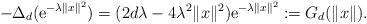
LaTeX: \begin{align*} -\Delta_d (\mbox{e}^{- \lambda \|x \|^2}) = (2d \lambda - 4 \lambda^2 \|x \|^2)\mbox{e}^{- \lambda \|x \|^2}:= G_d(\|x \|). \end{align*}